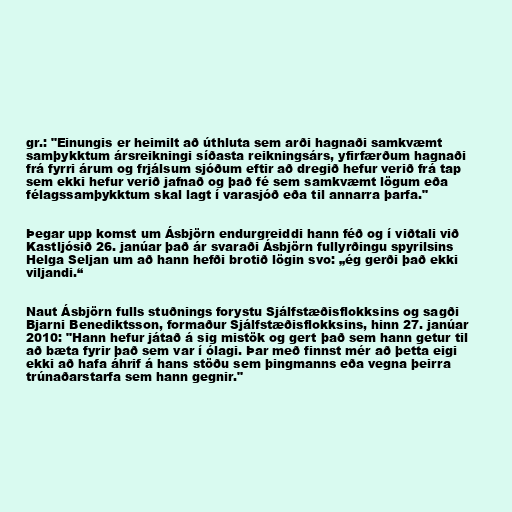
gr.: "Einungis er heimilt að úthluta sem arði hagnaði samkvæmt
samþykktum ársreikningi síðasta reikningsárs, yfirfærðum hagnaði
frá fyrri árum og frjálsum sjóðum eftir að dregið hefur verið frá tap
sem ekki hefur verið jafnað og það fé sem samkvæmt lögum eða
félagssamþykktum skal lagt í varasjóð eða til annarra þarfa."

Þegar upp komst um Ásbjörn endurgreiddi hann féð og í viðtali við
Kastljósið 26. janúar það ár svaraði Ásbjörn fullyrðingu spyrilsins
Helga Seljan um að hann hefði brotið lögin svo: „ég gerði það ekki
viljandi.“

Naut Ásbjörn fulls stuðnings forystu Sjálfstæðisflokksins og sagði
Bjarni Benediktsson, formaður Sjálfstæðisflokksins, hinn 27. janúar
2010: "Hann hefur játað á sig mistök og gert það sem hann getur til
að bæta fyrir það sem var í ólagi. Þar með finnst mér að þetta eigi
ekki að hafa áhrif á hans stöðu sem þingmanns eða vegna þeirra
trúnaðarstarfa sem hann gegnir."